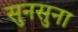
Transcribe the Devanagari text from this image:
सुनसुना